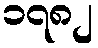
၁၇၈၂